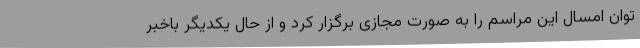
توان امسال این مراسم را به صورت مجازی برگزار کرد و از حال یکدیگر باخبر